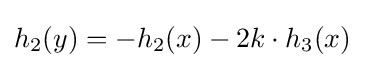
h_{2}(y)=-h_{2}(x)-2k\cdot h_{3}(x)